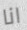
انا